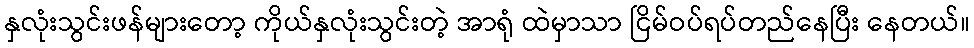
နှလုံးသွင်းဖန်များတော့ ကိုယ်နှလုံးသွင်းတဲ့ အာရုံ ထဲမှာသာ ငြိမ်ဝပ်ရပ်တည်နေပြီး နေတယ်။